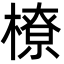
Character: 橑